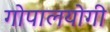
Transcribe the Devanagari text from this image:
गोपालयोगी